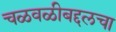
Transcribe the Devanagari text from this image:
चळवळीबद्दलचा